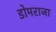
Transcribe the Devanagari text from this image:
डोमराजा